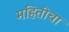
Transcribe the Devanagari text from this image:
महितीचा